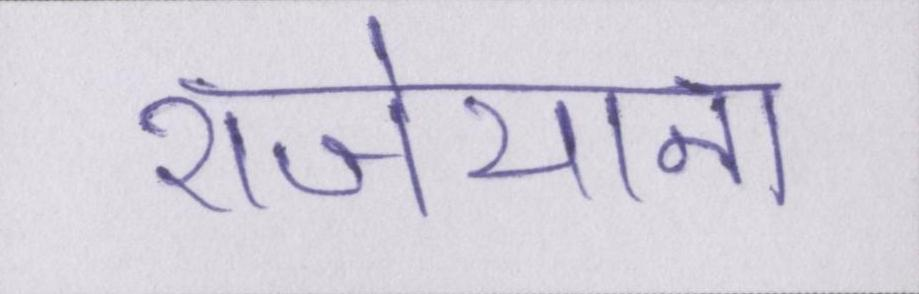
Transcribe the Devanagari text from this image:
राजेयाना